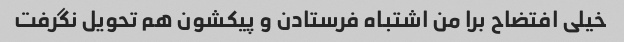
خیلی افتضاح برا من اشتباه فرستادن و پیکشون هم تحویل نگرفت